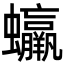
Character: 𧕳